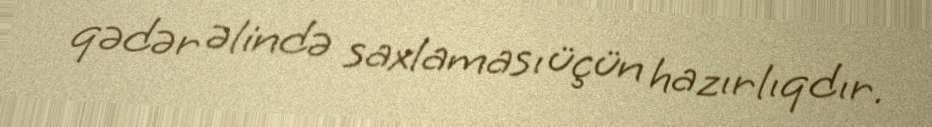
qədər əlində saxlaması üçün hazırlıqdır.